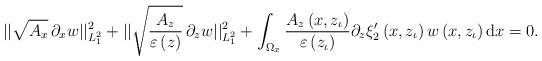
LaTeX: \begin{align*}|| \sqrt{A_x}\, \partial_x w ||^2_{L^2_1}+ || \sqrt{A_z \over \varepsilon\left(z\right) }\, \partial_z w ||^2_{L^2_1}+\int_{\Omega_x}\frac{A_z\left(x,z_\iota\right)}{\varepsilon\left(z_\iota\right)}\partial_z\xi_2^\prime\left(x,z_\iota\right)w\left(x,z_\iota\right)\mathrm{d}x=0.\end{align*}